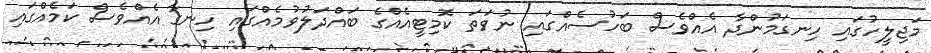
މަޖިލީހުގައި ހިނގަމުންދާ އެއްވެސް ބަހުސެއްގައި ނުވަތަ ކޮމިޓީއެއްގެ ބައްދަލުވުމެއްގައި ހިނގާ އެއްވެސް ކަމެއްގައި